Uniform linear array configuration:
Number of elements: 12
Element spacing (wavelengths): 1
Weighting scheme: hamming
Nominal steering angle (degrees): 15
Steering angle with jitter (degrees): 14.007
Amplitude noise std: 0.05
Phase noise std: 0.05

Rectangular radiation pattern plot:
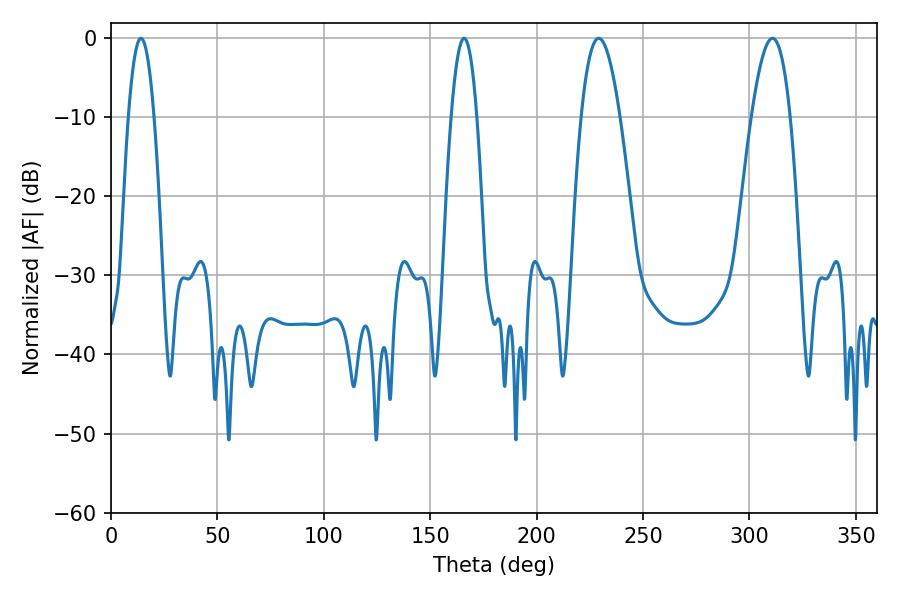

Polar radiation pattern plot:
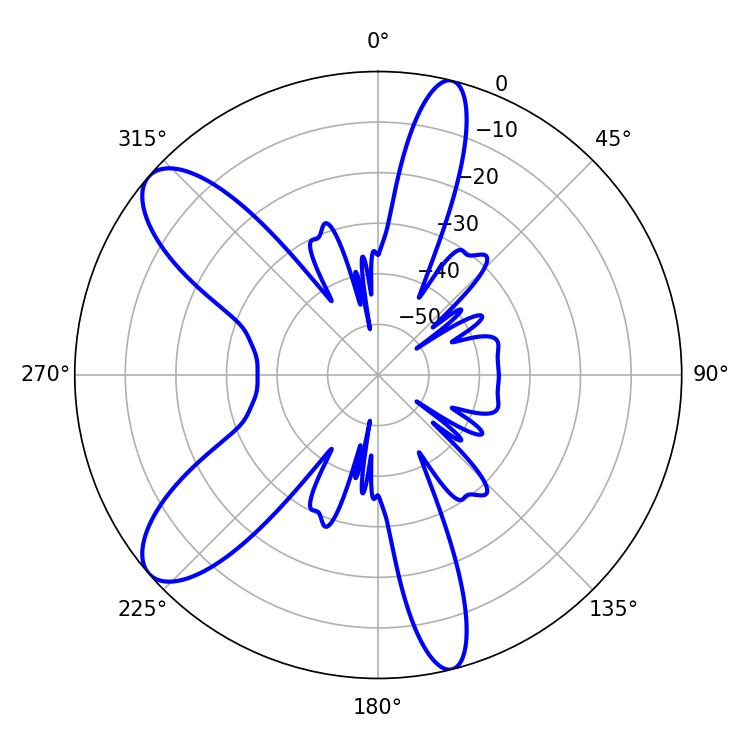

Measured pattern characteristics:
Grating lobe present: TRUE
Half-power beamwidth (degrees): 9.9
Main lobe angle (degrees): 229.14